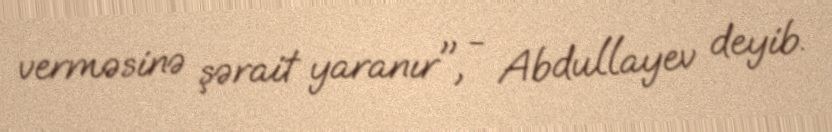
verməsinə şərait yaranır", - Abdullayev deyib.